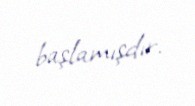
başlamışdır.